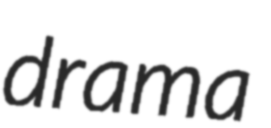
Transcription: drama